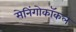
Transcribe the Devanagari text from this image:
मेनिंगोकॉकल